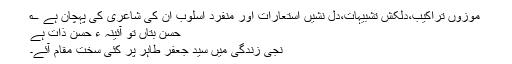
موزوں تراکیب،دلکش تشبیہات،دل نشیں استعارات اور منفرد اسلوب ان کی شاعری کی پہچان ہے ؎
حسن بتاں تو آئینہ ء حسن ذات ہے
نجی زندگی میں سید جعفر طاہر پر کئی سخت مقام آئے۔